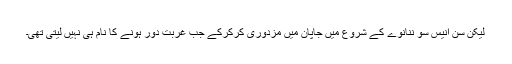
لیکن سن انیس سو ننانوے کے شروع میں جاپان میں مزدوری کرکرکے جب غربت دور ہونے کا نام ہی نہیں لیتی تھی۔